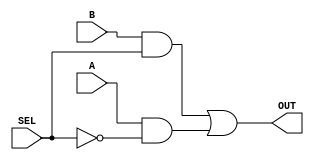
`timescale 1ns/10ps
module mux2(A, B, SEL, OUT);

    input A, B, SEL;
    output OUT;

    and (g, A, ~SEL);
    and (f, B, SEL);
    or (OUT, f, g);

endmodule